Reports on military cantonments and civil stations in the Presidency of Bombay inspected by the Sanitary Commissioner in the years 1875 and 1876
Year: 1875
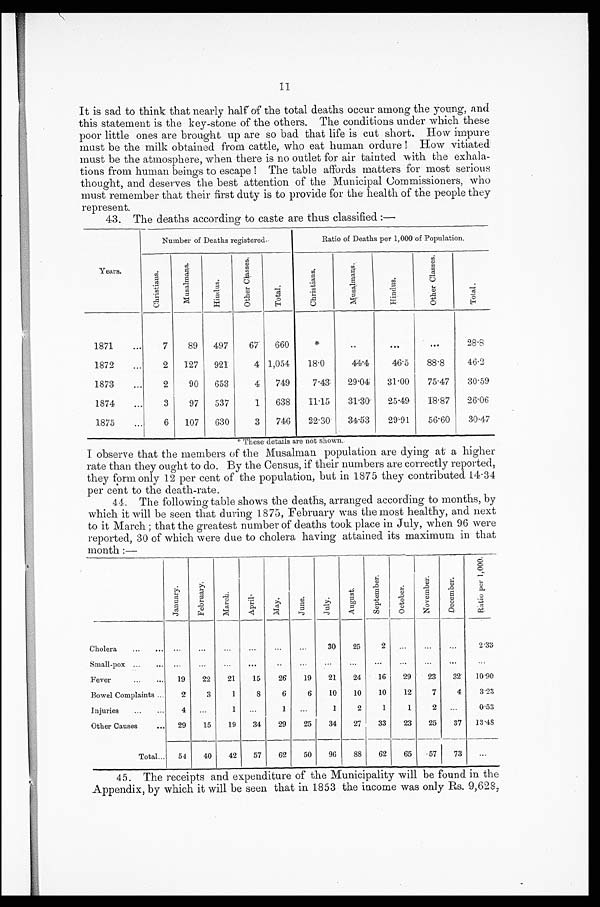
11
It is sad to think that nearly half of the total deaths occur among the young, and
this statement is the key-stone of the others. The conditions under which these
poor little ones are brought up are so bad that life is cut short. How impure
must be the milk obtained from cattle, who eat human ordure ! How vitiated
must be the atmosphere, when there is no outlet for air tainted with the exhala--
tions from human beings to escape! The table affords matters for most serious
thought, and deserves the best attention of the Municipal Commissioners, who
must remember that their first duty is to provide for the health of the people they
represent.
43. The deaths according to caste are thus classified :—
Years .
Number of Deaths registered.
Ratio of Deaths per 1,000 of Population.
C h r i s t i a n s .
M u s a l m a n s .
H i n d u s .
O t h e r C l a s s e s .
T o t a l .
C h r i s t i a n s .
M u s a l m a n s .
H i n d u s .
O t h e r C l a s s e s .
T o t a l .
1871 . . .
7
89
497
67
660
*
. . .
. . .
. . .
28. 8
1872 . . .
2
127
921
4 1,054
18.0
44.4
46.5
88.8
46.2
1873 . . .
2
90
653
4
749
7.43
29.04
31.00
75.47
30.59
1874 . . .
3
97
537
1
638
11.15
31.30
25.49
18.87
26.06
1875 . . .
6
107
630
3
746
22.30
34.53
29.91
56.60
30.47
*These details are not shown.
I observe that the members of the Musalman population are dying at a higher
rate than they ought to do. By the Census, if their numbers are correctly reported,
they form only 12 per cent of the population, but in 1875 they contributed 14.34
per cent to the death-rate.
44. The following table shows the deaths, arranged according to months, by
which it will be seen that during 1875, February was the most healthy, and next
to it March ; that the greatest number of deaths took place in July, when 96 were
reported, 30 of which were due to cholera having attained its maximum in that
month :—
J a n u a r y .
F e b r u a r y .
M a r c h .
A p r i l .
M a y .
J u n e .
J u l y .
A u g u s t .
S e p t e m b e r .
O c t o b e r .
N o v e m b e r .
D e c e m b e r .
R a t i o p e r 1 , 0 0 0 .
Cholera . . . . . .
. . .
. . .
. . .
. . .
. . .
30
25
2
. . .
. . .
. . .
2.33
Small-pox . . .
. . .
. . .
. . .
. . .
. . .
. . .
. . .
. . .
. . .
. . .
. . .
. . .
. . .
Fever . . .
19
22
21
15
26
19
21
24
16
29
23
32
10.90
Bowel Complaints . . .
2
3
1
8
6
6
10
10
10
12
7
4
3.23
Injuries . . .
4
. . .
1
. . .
1
. . .
1
2
1
1
2
. . .
0.53
Other Causes . . .
29
15
19
34
29
25
34
27
33
23
25
37
13.48
Total . . .
54
40
42
57
62
50
96
88
62
65
57
73
. . .
45. The receipts and expenditure of the Municipality will be found in the
Appendix, by which it will be seen that in 1853 the income was only Rs. 9,628,